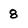
Character: 8